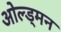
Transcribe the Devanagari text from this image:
ओल्ड्मन